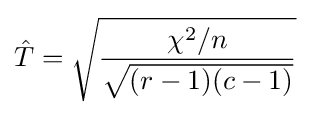
{\hat {T}}={\sqrt {\frac {\chi ^{2}/n}{\sqrt {(r-1)(c-1)}}}}